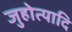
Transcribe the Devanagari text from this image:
जुहोत्यादि